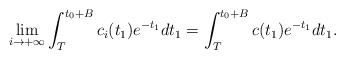
\begin{align*}\lim_{i\to+\infty}\int_T^{t_0+B}c_i(t_1)e^{-t_1}dt_1=\int_{T}^{t_0+B}c(t_1)e^{-t_1}dt_1.\end{align*}